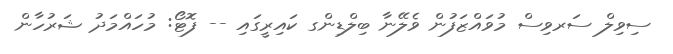
ސިވިލް ސަރވިސް މުވައްޒަފުން ވެލޭނާ ބިލްޑިންގ ކައިރީގައި -- ފޮޓޯ: މުހައްމަދު ޝަރުހާން